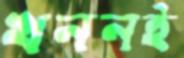
খননই